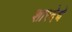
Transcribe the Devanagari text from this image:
शारदेचे